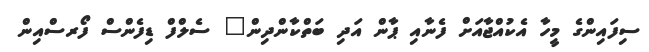
ސިފައިންގެ މީހާ އެކުއްޖާއަށް ފެނާއި ޕާން އަދި ބަތްކާންދިން" ސެލްފް ޑިފެންސް ފޯރސްއިން